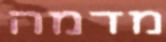
מדמה